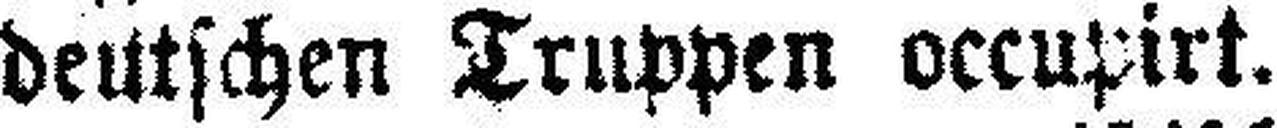
deutschen Truppen occupirt.